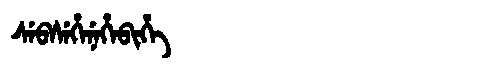
Manchu: ᠰᡝᠪᠰᡝᡥᡝᠨᡝᡥᡝᠪᡳᡥᡝ
Romanization: SEBSEHENEHEBIHE